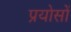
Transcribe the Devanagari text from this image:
प्रयोसों